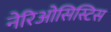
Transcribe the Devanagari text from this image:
नेरिओसिस्टिस